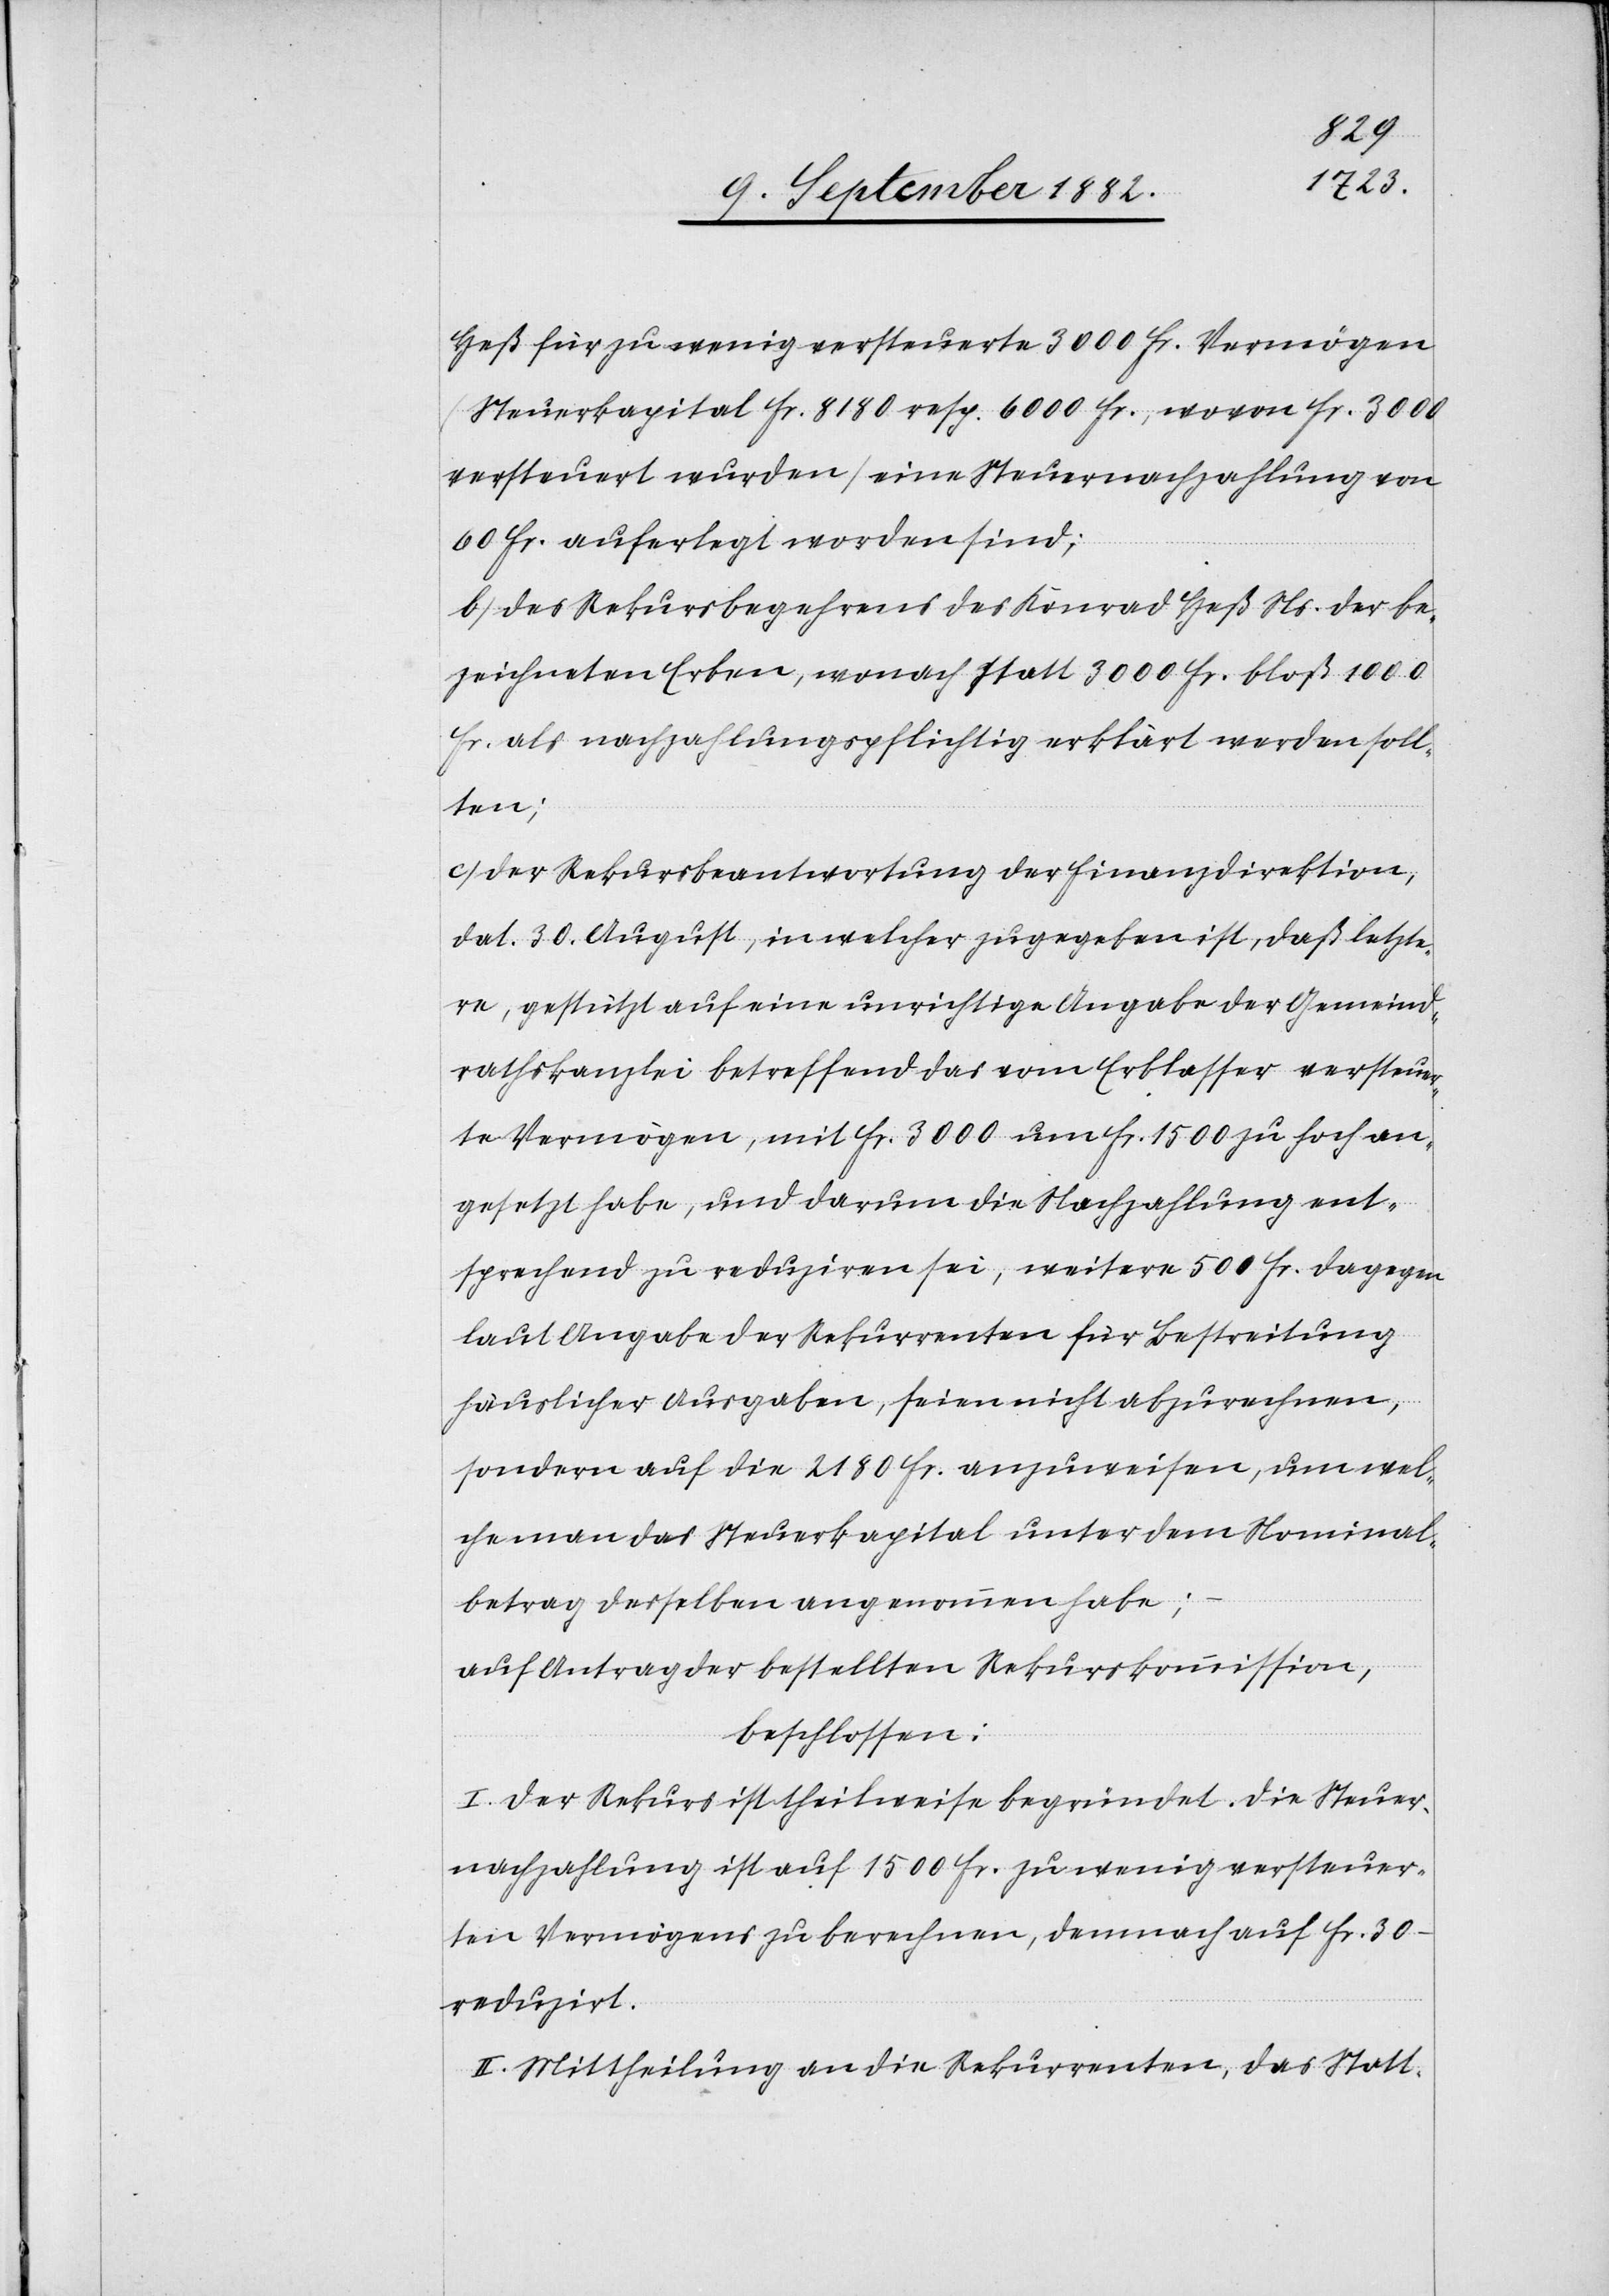
Heß für zu wenig versteuerte 3000 Fr. Vermögen
(Steuerkapital Fr. 8180 resp. 6000 Fr., wovon Fr. 3000
versteuert wurden) eine Steuernachzahlung von
60 Fr. auferlegt worden sind;
b) des Rekursbegehrens des Konrad Heß Ns. der be¬
zeichneten Erben, wonach statt 3000 Fr. bloß 1000
Fr. als nachzahlungspflichtig erklärt werden soll¬
ten;
c) der Rekursbeantwortung der Finanzdirektion,
dat. 30. August, in welcher zugegeben ist, daß letzte¬
re, gestützt auf eine unrichtige Angabe der Gemeind¬
rathskanzlei betreffend das vom Erblasser verteuer¬
te Vermögen, mit Fr. 3000 um Fr. 1500 zu hoch an¬
gesetzt habe, und darum die Nachzahlung ent¬
sprechend zu reduziren sei, weitere 500 Fr. dagegen
laut Angabe der Rekurrenten für Bestreitung
häuslicher Ausgaben, seien nicht abzurechnen,
sondern auf die 2180 Fr. anzuweisen, um wel¬
che man das Steuerkapital unter dem Nominal¬
betrag desselben angenommen habe;
auf Antrag der bestellten Rekurskommission,
beschlossen:
I. Der Rekurs ist theilweise begründet. Die Steuer¬
nachzahlung ist auf 1500 Fr. zu wenig versteuer¬
ten Vermögens zu berechnen, demnach auf Fr. 30 –
reduzirt.
II. Mittheilung an die Rekurrenten, das Statt-